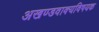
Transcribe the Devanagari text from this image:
अखण्डवाक्यविषयक